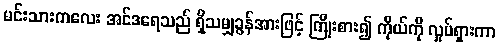
မင်းသားကလေး အင်ဒရေသည် ရှိသမျှခွန်အားဖြင့် ကြိုးစား၍ ကိုယ်ကို လှုပ်ရှားကာ